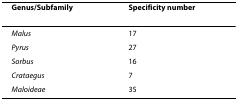
<table><thead><tr><td><b>Genus/Subfamily</b></td><td><b>Specificity number</b></td></tr></thead><tbody><tr><td><i>Malus</i></td><td>17</td></tr><tr><td><i>Pyrus</i></td><td>27</td></tr><tr><td><i>Sorbus</i></td><td>16</td></tr><tr><td><i>Crataegus</i></td><td>7</td></tr><tr><td><i>Maloideae</i></td><td>35</td></tr></tbody></table>